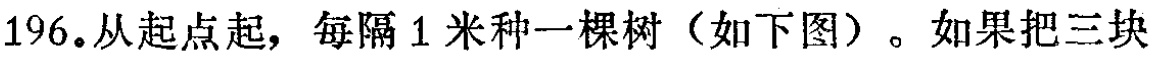
196.从起点起，每隔 1 米种一棵树（如下图）。如果把三块